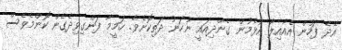
އޭދެ ފަހުން އެއާއިލާ އުޅެމުން ގެންދިއައީ ނުހަނު ދަތިކޮށެވެ. ހަމީމާ ފަންގިވިދެގެން ކޮންމެވެސް